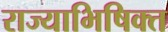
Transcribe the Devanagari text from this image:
राज्याभिषिक्त